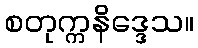
စတုက္ကနိဒ္ဒေသ။